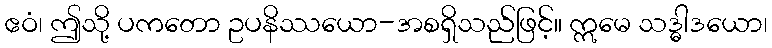
ဧဝံ၊ ဤသို့ ပကတော ဥပနိဿယော-အစရှိသည်ဖြင့်။ ဣမေ သဒ္ဓါဒယော၊